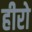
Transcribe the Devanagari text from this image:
हीरो